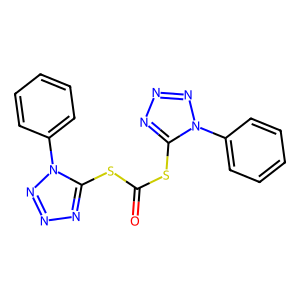
SMILES: O=C(Sc1nnnn1-c1ccccc1)Sc1nnnn1-c1ccccc1
Inhibits HIV replication: Yes